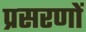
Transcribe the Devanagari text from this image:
प्रसरणों